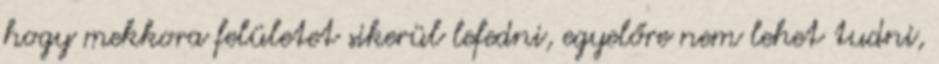
hogy mekkora felületet sikerül lefedni, egyelőre nem lehet tudni,